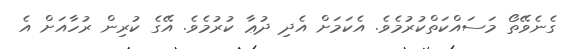
ގެނެވޭތޯ މަސައްކަތްކުރުމެވެ. އެކަމަށް އެދި ދުޢާ ކުރުމެވެ. އޭގެ ކުރިން ރުހާއަށް އެ